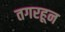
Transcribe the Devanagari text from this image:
तगरहून